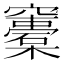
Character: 𥩀